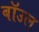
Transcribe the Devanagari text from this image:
बॉउल